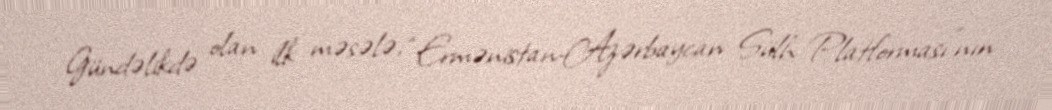
Gündəlikdə olan ilk məsələ, “Ermənistan-Azərbaycan Sülh Platforması”nın